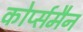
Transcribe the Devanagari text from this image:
कोर्प्समैन